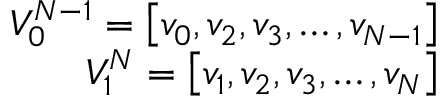
\begin{array} { r } { V _ { 0 } ^ { N - 1 } = \left[ v _ { 0 } , v _ { 2 } , v _ { 3 } , \ldots , v _ { N - 1 } \right] } \\ { V _ { 1 } ^ { N } = \left[ v _ { 1 } , v _ { 2 } , v _ { 3 } , \ldots , v _ { N } \right] } \end{array}